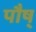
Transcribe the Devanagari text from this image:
पौष्